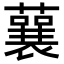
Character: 𧁁